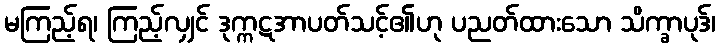
မကြည့်ရ၊ ကြည့်လျှင် ဒုက္ကဋအာပတ်သင့်၏ဟု ပညတ်ထားသော သိက္ခာပုဒ်၊